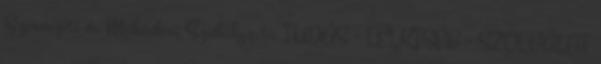
Szervezeti és Működési Szabályzata TUDÁS - LELKISÉG - SZOLGÁLAT